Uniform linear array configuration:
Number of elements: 12
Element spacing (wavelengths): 1
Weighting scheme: exponential
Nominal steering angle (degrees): -15
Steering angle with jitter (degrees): -14.056
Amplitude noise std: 0.05
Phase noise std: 0.05

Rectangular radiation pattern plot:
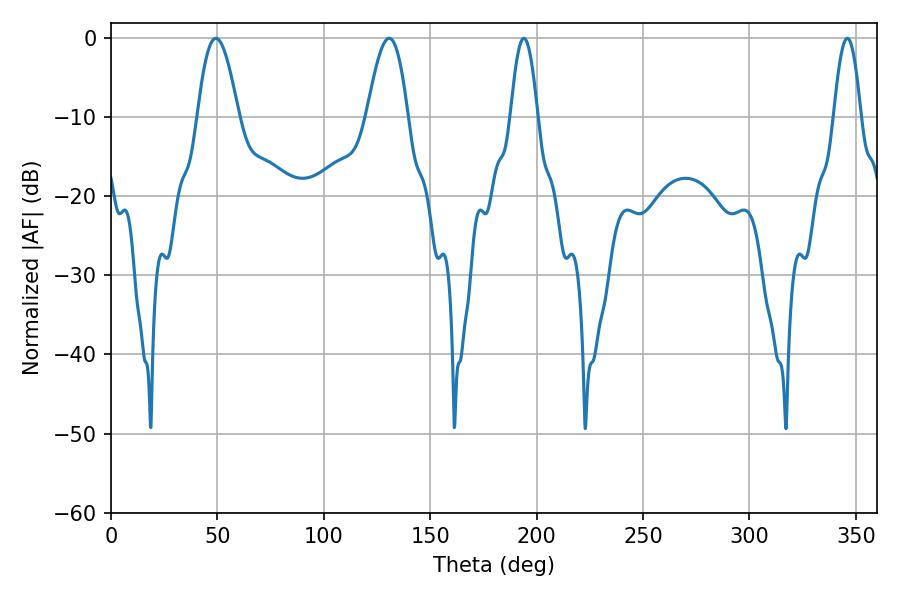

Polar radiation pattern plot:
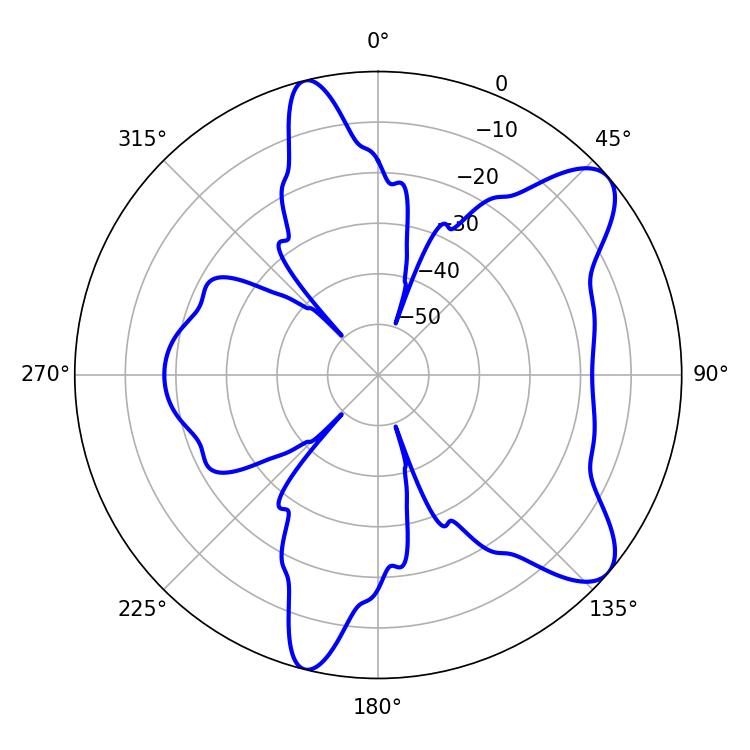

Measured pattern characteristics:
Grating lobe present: TRUE
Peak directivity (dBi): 8.96
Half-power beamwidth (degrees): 10.26
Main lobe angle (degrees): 49.32